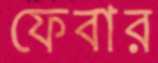
ফেবার